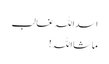
اسداللہ غالب
ماشااللہ!